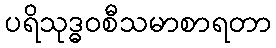
ပရိသုဒ္ဓဝစီသမာစာရတာ